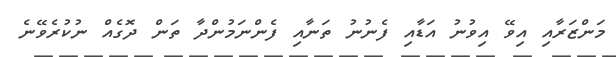
މަންޒަރާއި އިވޭ އިވުނު އަޑާއި ފެނުނު ތަނާއި ފެންނަމުންދާ ތަން ދޮގެއް ނުކުރެވޭނެ